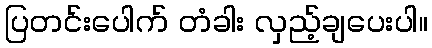
ပြတင်းပေါက် တံခါး လှည့်ချပေးပါ။